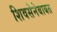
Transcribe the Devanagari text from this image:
शिवसेनेबाबत